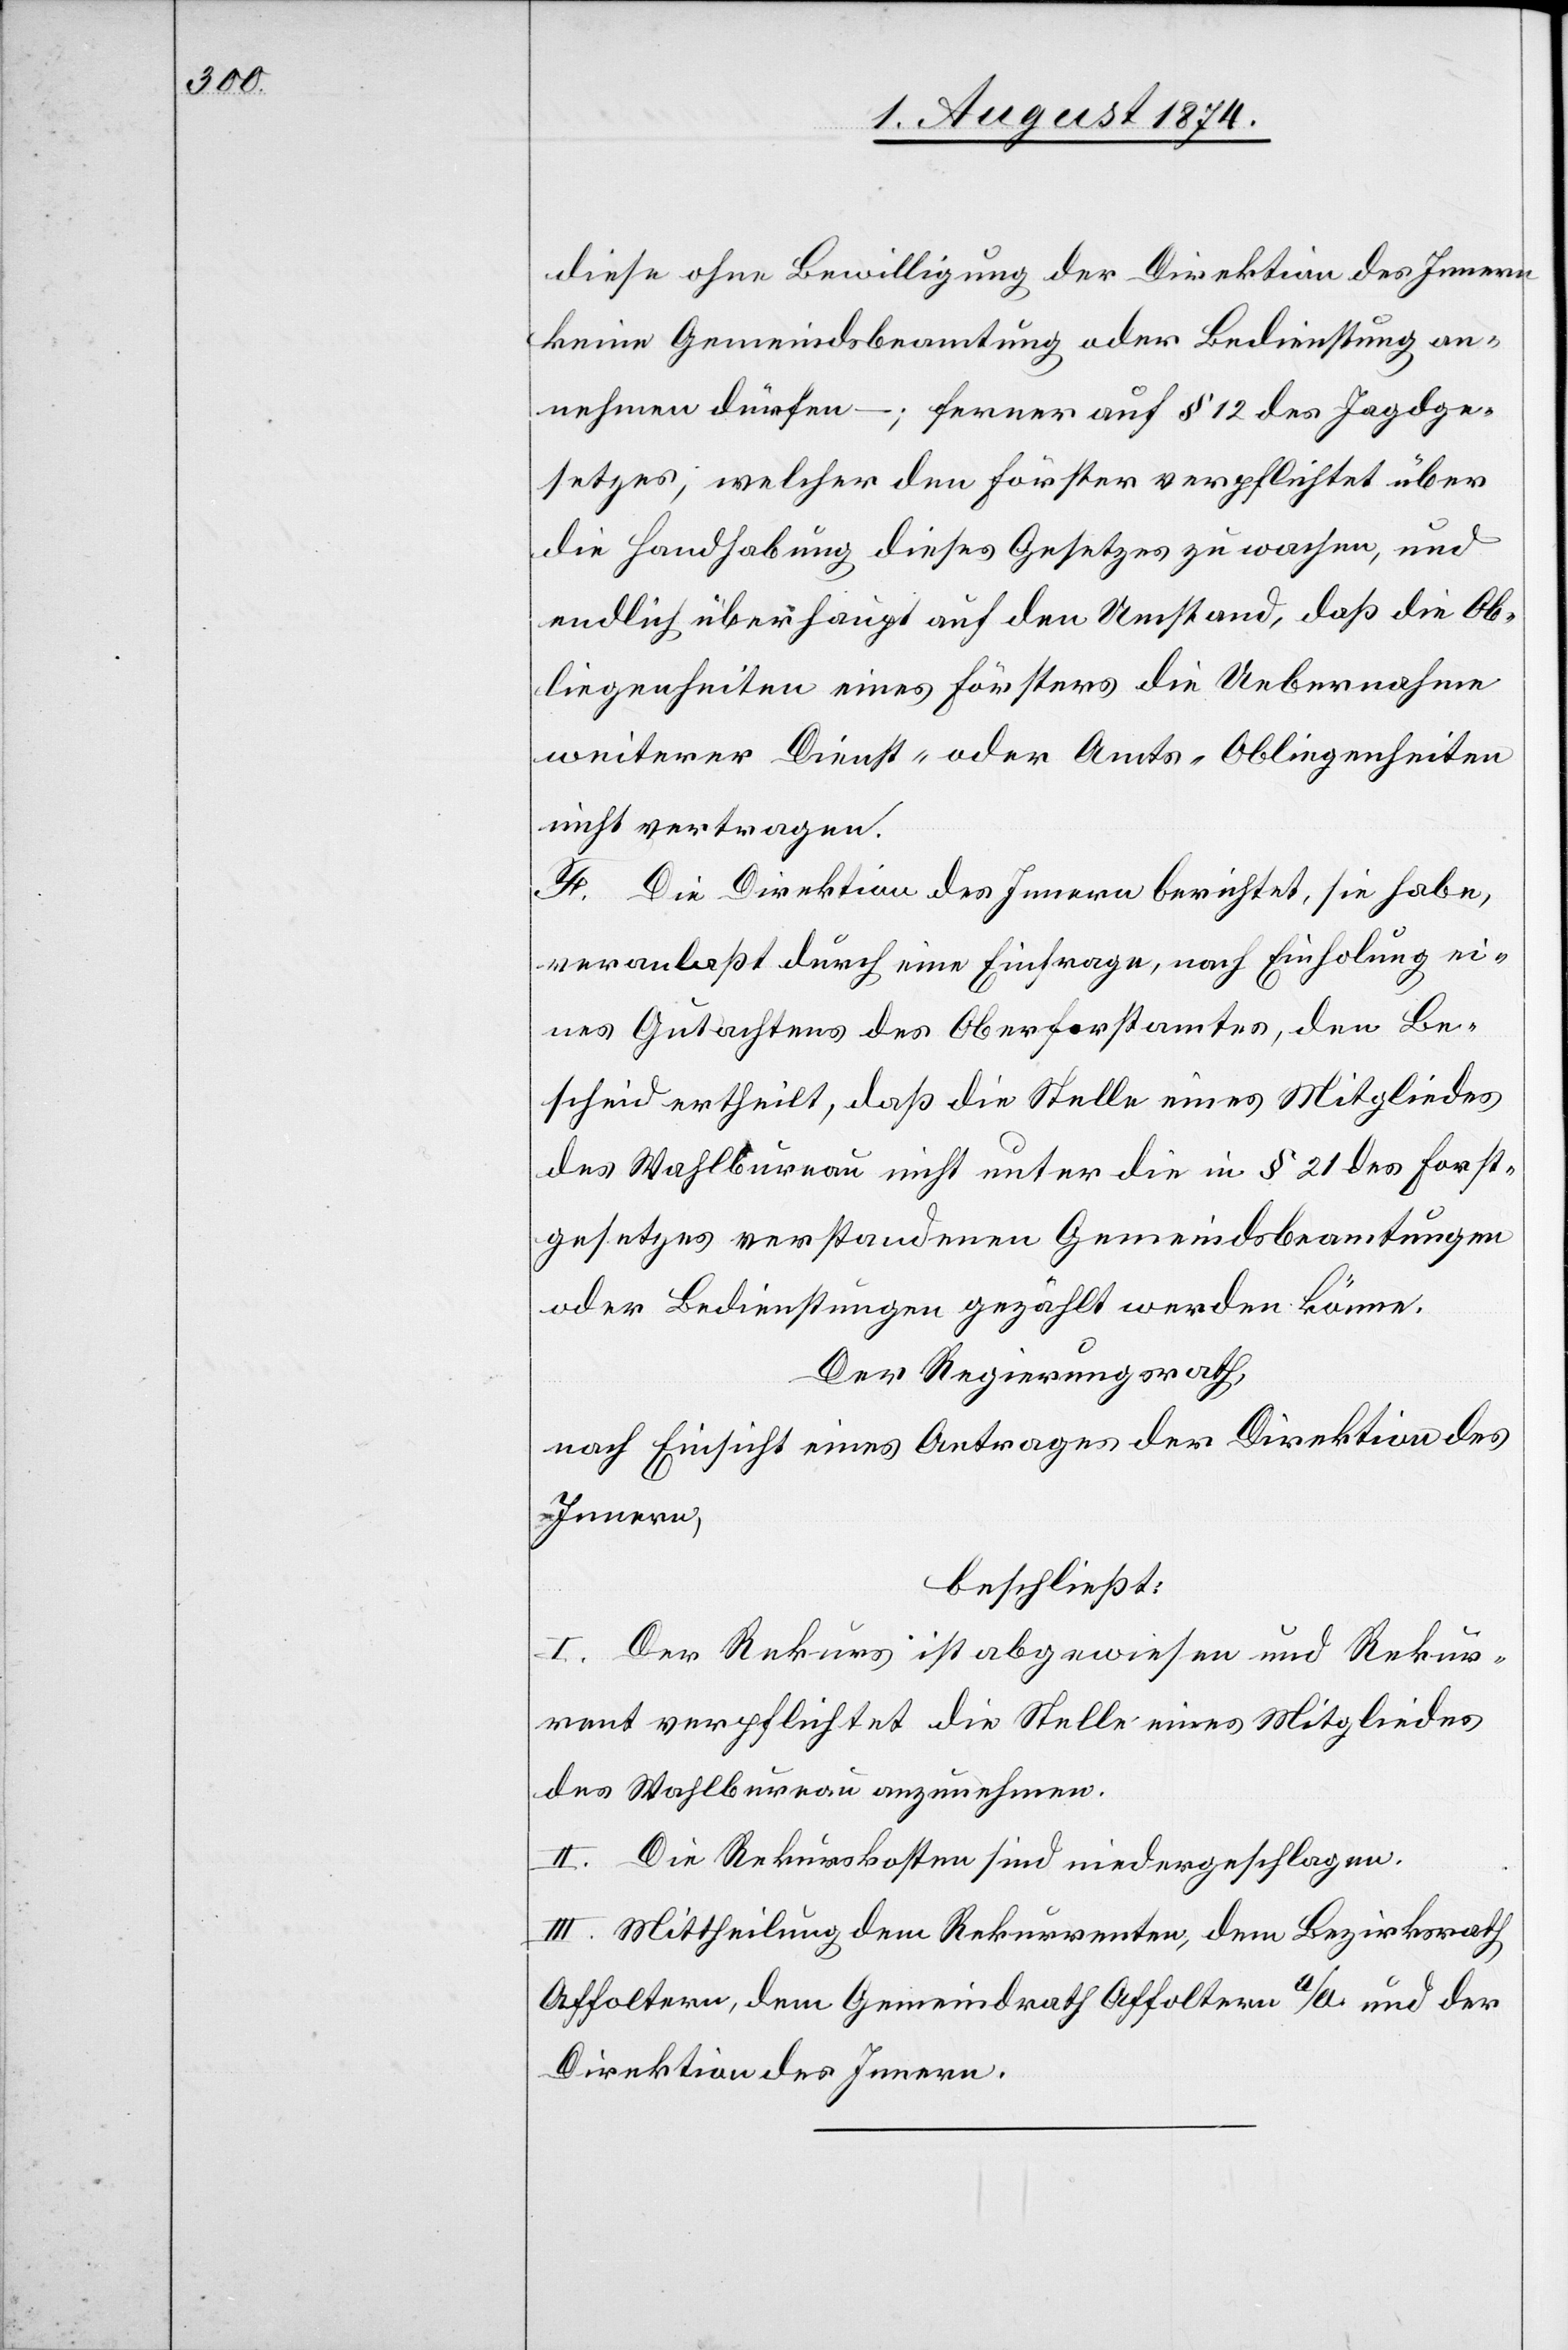
diese ohne Bewilligung der Direktion des Innern
keine Gemeindsbeamtung oder Bedienstung an¬
nehmen dürfen –; ferner auf § 12 des Jagdge¬
setzes, welcher den Förster verpflichtet über
die Handhabung dieses Gesetzes zu wachen, und
endlich überhaupt auf den Umstand, daß die Ob¬
liegenheiten eines Försters die Uebernahme
weiterer Dienst- oder Amts-Obliegenheiten
nicht vertragen.
F. Die Direktion des Innern berichtet, sie habe,
veranlaßt durch eine Einfrage, nach Einholung ei¬
nes Gutachtens des Oberforstamtes, den Be¬
scheid ertheilt, daß die Stelle eines Mitgliedes
des Wahlbureau nicht unter die in § 21 des Forst¬
gesetzes verstandenen Gemeindsbeamtungen
oder Bedienstungen gezählt werden könne.
Der Regierungsrath,
nach Einsicht eines Antrages der Direktion des
Innern,
beschließt:
I. Der Rekurs ist abgewiesen und Rekur¬
rent verpflichtet die Stelle eines Mitgliedes
des Wahlbureau anzunehmen.
II. Die Rekurskosten sind niedergeschlagen.
III. Mittheilung dem Rekurrenten, dem Bezirksrath
Affoltern, dem Gemeindrath Affoltern a/A. und der
Direktion des Innern.